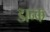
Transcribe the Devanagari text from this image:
डान्क